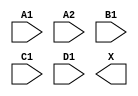
module sky130_fd_sc_lp__a2111o (
    //# {{data|Data Signals}}
    input  A1,
    input  A2,
    input  B1,
    input  C1,
    input  D1,
    output X
);

    // Voltage supply signals
    supply1 VPWR;
    supply0 VGND;
    supply1 VPB ;
    supply0 VNB ;

endmodule